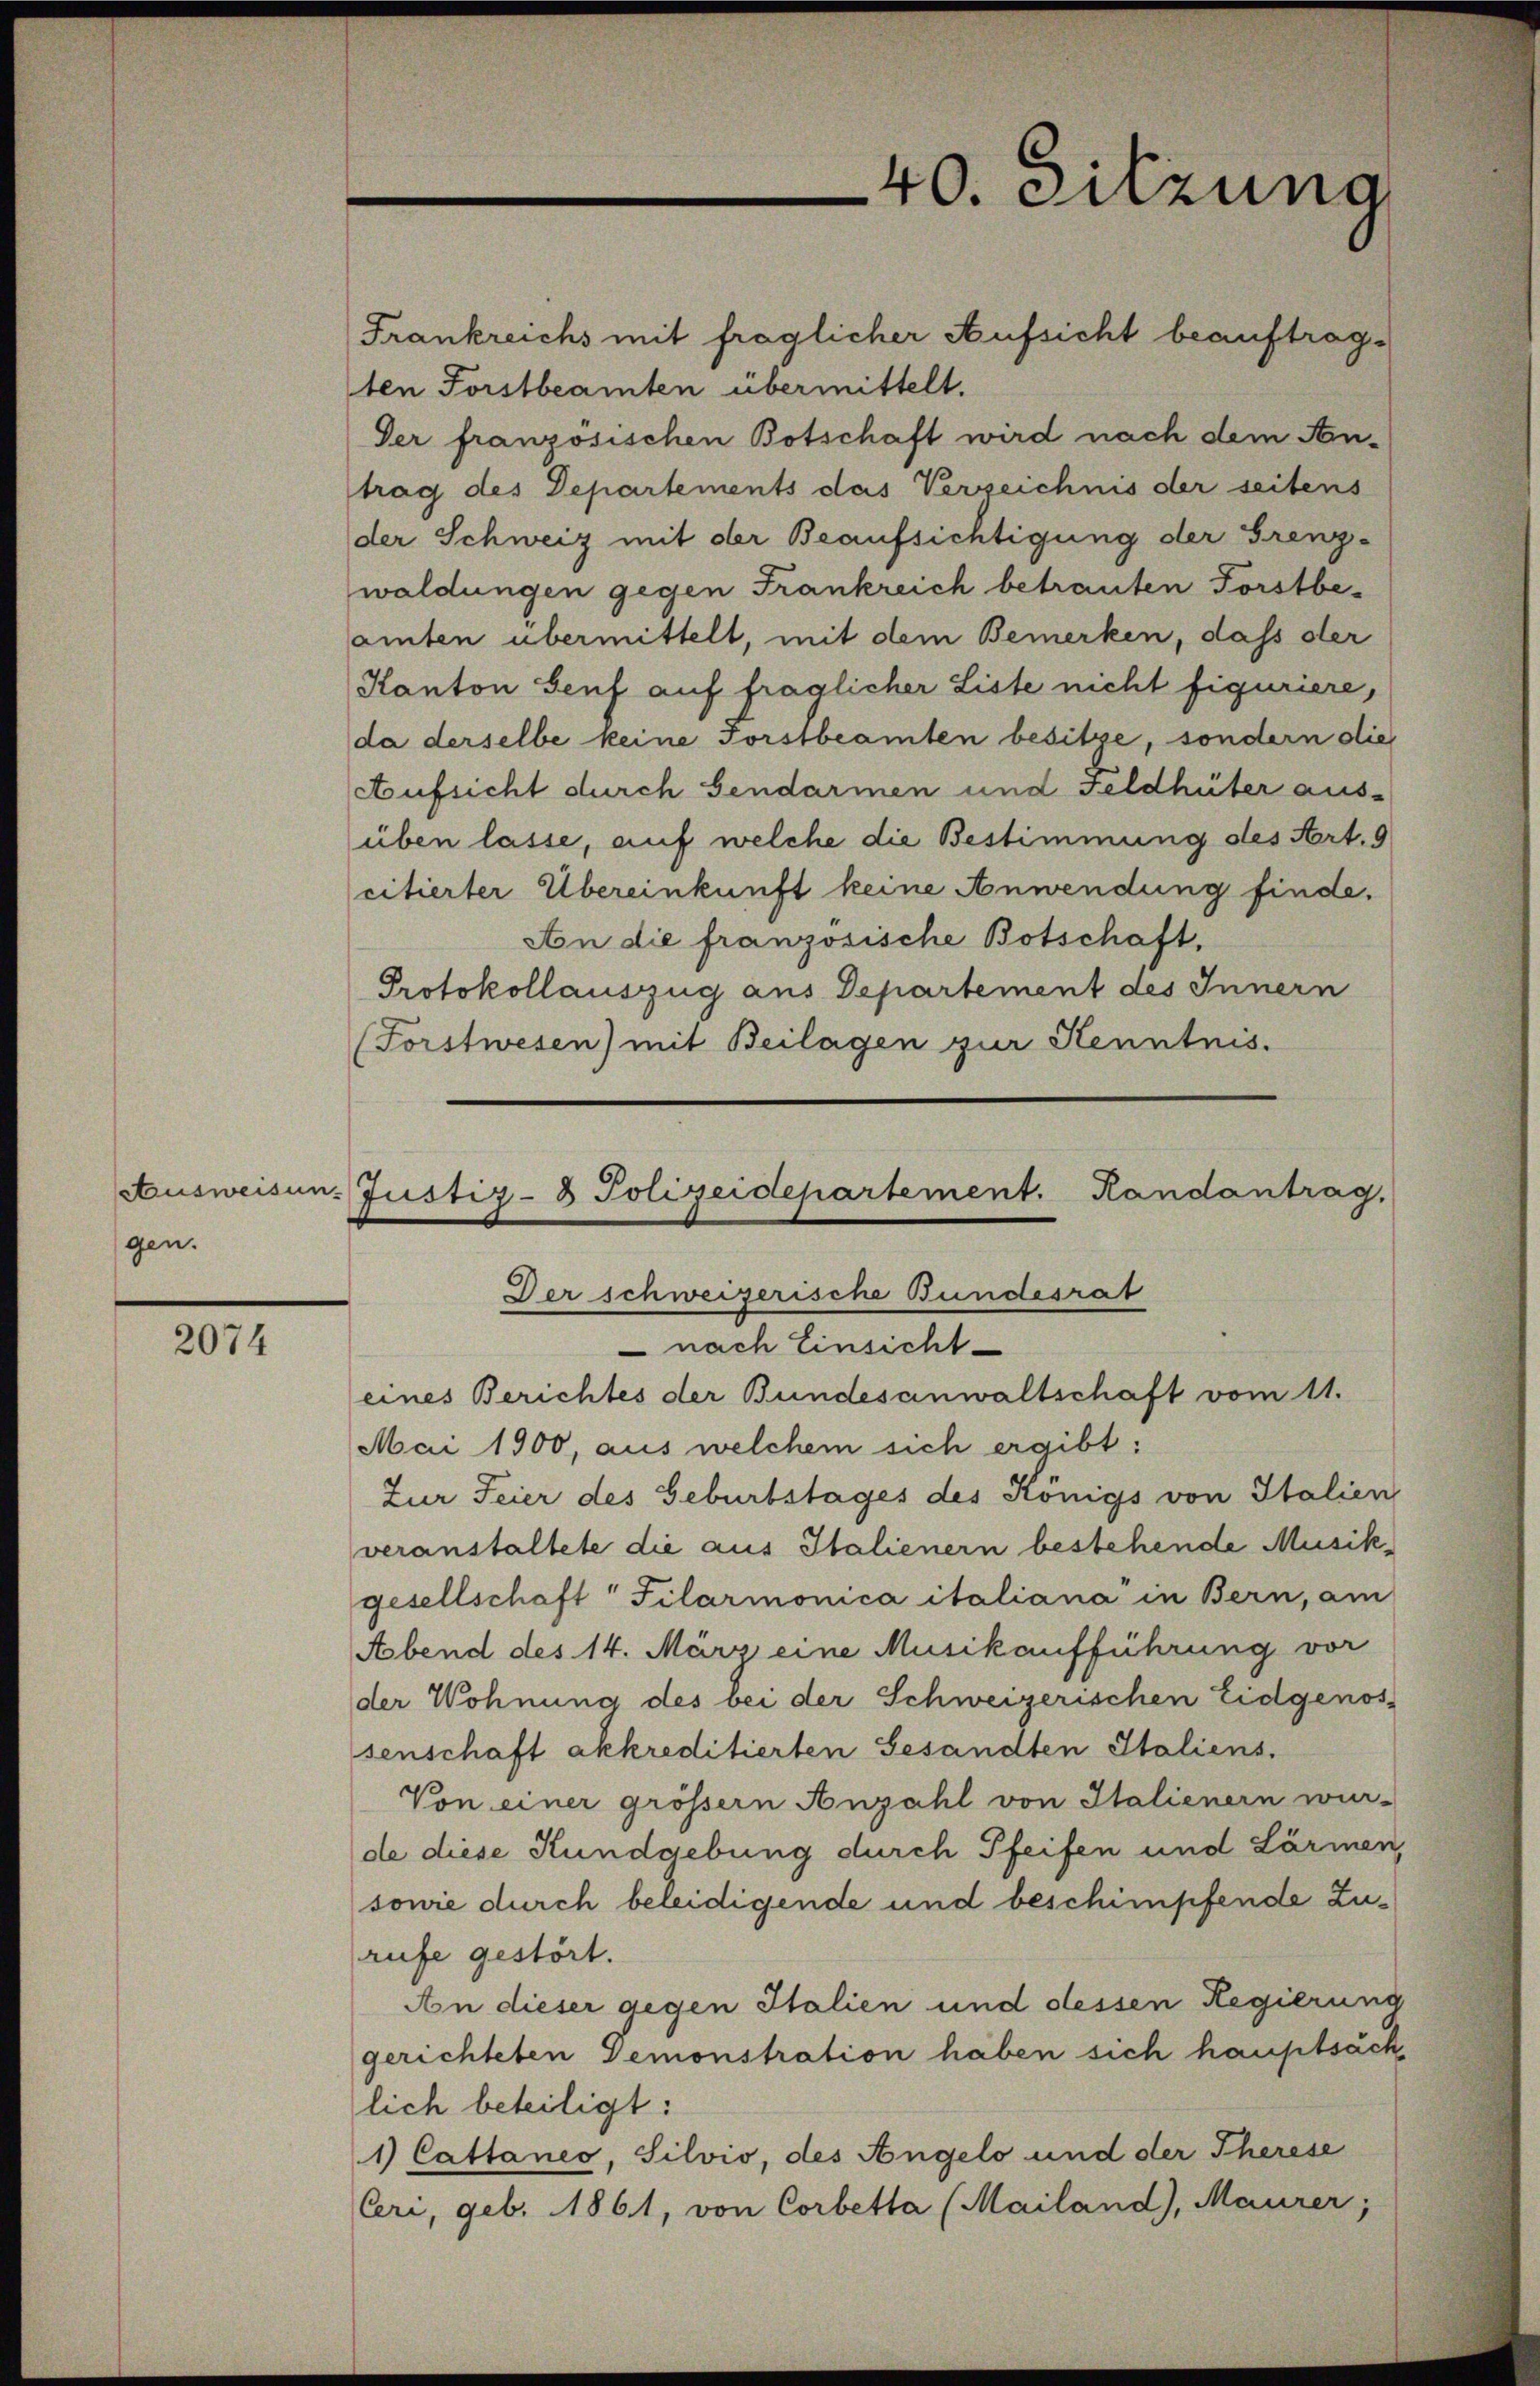
gen.

2074

nach Einsicht
eines Berichtes der Bundesanwaltschaft vom 11.

40. Sitzung

Frankreichs mit fraglicher Aufsicht beauftragten Forstbeamten übermittelt.
Der französischen Botschaft wird nach dem Antrag des Departements das Verzeichnis der seitens
der Schweiz mit der Beaufsichtigung der Grenz-
waldungen gegen Frankreich betrauten Forstbeamten übermittelt, mit dem Bemerken, dass der
Kanton Senf auf fraglicher Liste nicht figuriere,
da derselbe keine Forstbeamten besitze, sondern dies
Aufsicht durch Sendarmen und Feldhüter aus-
üben lasse, auf welche die Bestimmung des Art. 9
citierter Übereinkunft keine Anwendung finde.
An die französische Botschaft,
Protokollauszug aus Departement des Innern
(Forstwesen) mit Beilagen zur Kenntnis.
Ausweisen. Justiz- & Polizeidepartement. Randantrag,
Der schweizerische Bundesrat

Mai 1900, aus welchem sich ergibt:
Zur Feier des Geburtstages des Königs von Italien
veranstaltete die aus Italienern bestehende Musik,
gesellschaft Filarmonica italiana in Bern, am
Abend des 14. März eine Musikaufführung vor
der Wohnung des bei der Schweizerischen Eidgenossenschaft akkreditierten Gesandten Italiens.
Von einer grössern Anzahl von Italienern wur-
de diese Kundgebung durch Pfeifen und Lärmen,
sowie durch beleidigende und beschimpfende Zurufe gestört.
An dieser gegen Italien und dessen Regierung
gerichteten Demonstration haben sich hauptsächlich beteiligt:
1) Cattaneo, Silvio, des Angelo und der Therese
Ceri, geb. 1861, von Corbetta (Mailand), Maurer;